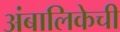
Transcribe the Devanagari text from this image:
अंबालिकेची